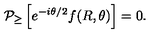
{ \cal P } _ { \geq } \left[ e ^ { - i \theta / 2 } f ( R , \theta ) \right] = 0 .